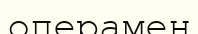
операмен